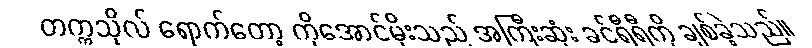
တက္ကသိုလ် ရောက်တော့ ကိုအောင်မိုးသည် အကြီးဆုံး ခင်ရီရီကို ချစ်ခဲ့သည်။